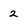
Character: 2